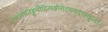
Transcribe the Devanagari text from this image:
प्राग्ज्योतिड्ढलौहित्यक्षीरोदसमुद्रपरुड्ढादाः।